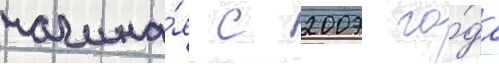
начина́я с 2007 го́да